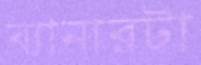
ব্যানারটা